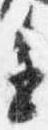
進